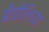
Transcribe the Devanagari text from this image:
बीचोलिया